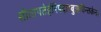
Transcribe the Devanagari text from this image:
सीतापतेर्हरिपदाम्बुजचिन्तकेन।